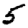
Digit: 5